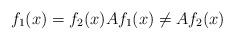
LaTeX: \begin{align*} f_{1}(x)= f_{2}(x) A f_{1}(x)\neq A f_{2}(x) \end{align*}